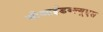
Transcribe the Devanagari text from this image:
सीआईडब्‍ल्‍यूएस